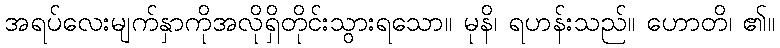
အရပ်လေးမျက်နှာကိုအလိုရှိတိုင်းသွားရသော။ မုနိ၊ ရဟန်းသည်။ ဟောတိ၊ ၏။